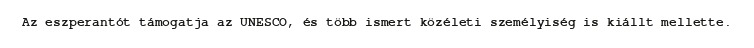
Az eszperantót támogatja az UNESCO, és több ismert közéleti személyiség is kiállt mellette.